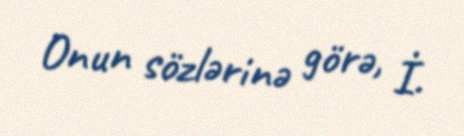
Onun sözlərinə görə, İ.